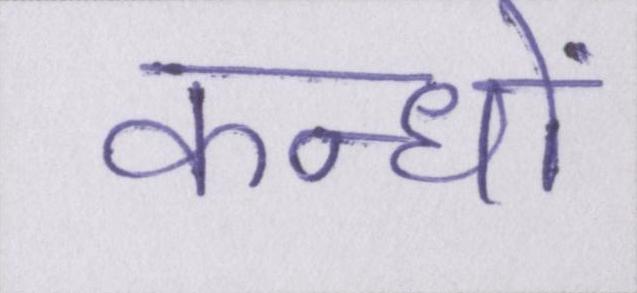
कन्धों